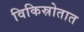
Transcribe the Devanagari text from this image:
विकिस्रोतात